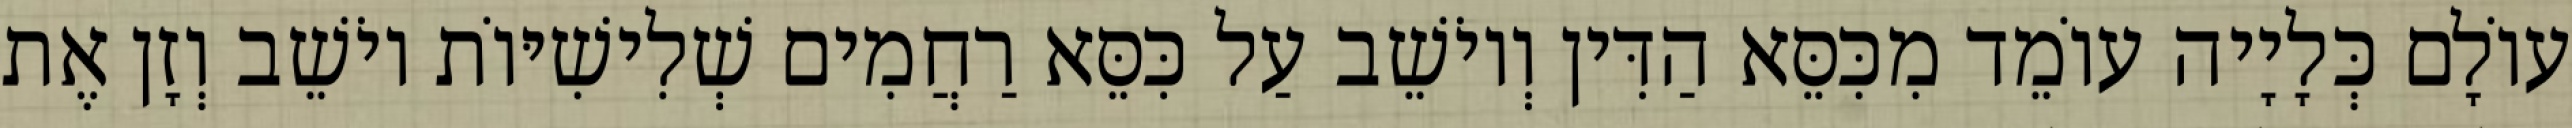
עוֹלָם כְּלָיָיה עוֹמֵד מִכִּסֵּא הַדִּין וְיוֹשֵׁב עַל כִּסֵּא רַחֲמִים שְׁלִישִׁיּוֹת יוֹשֵׁב וְזָן אֶת